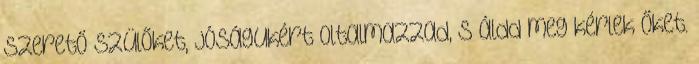
szerető szülőket, jóságukért oltalmazzad, s áldd meg kérlek őket.